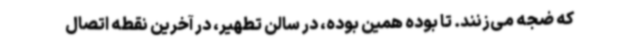
که ضجه می‌زنند. تا بوده همین بوده، در سالن تطهیر، در آخرین نقطه اتصال